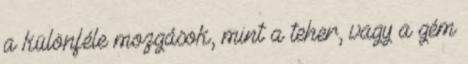
a különféle mozgások, mint a teher, vagy a gém